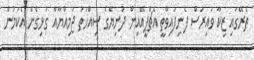
ތެރޭގައި ޒިކާ ވައިރަސް ފެނިފައިވާތީ އެޗްޕީއޭއިން ދުނިޔޭގެ ސިއްހަތު ޖަމިއްޔާއާ ގުޅިގެން އެކަމުން